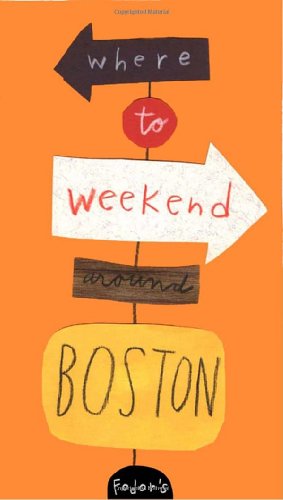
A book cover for Fodor's Where to Weekend Around Boston, 1st Edition (Special-Interest Titles); Fodor's; Travel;